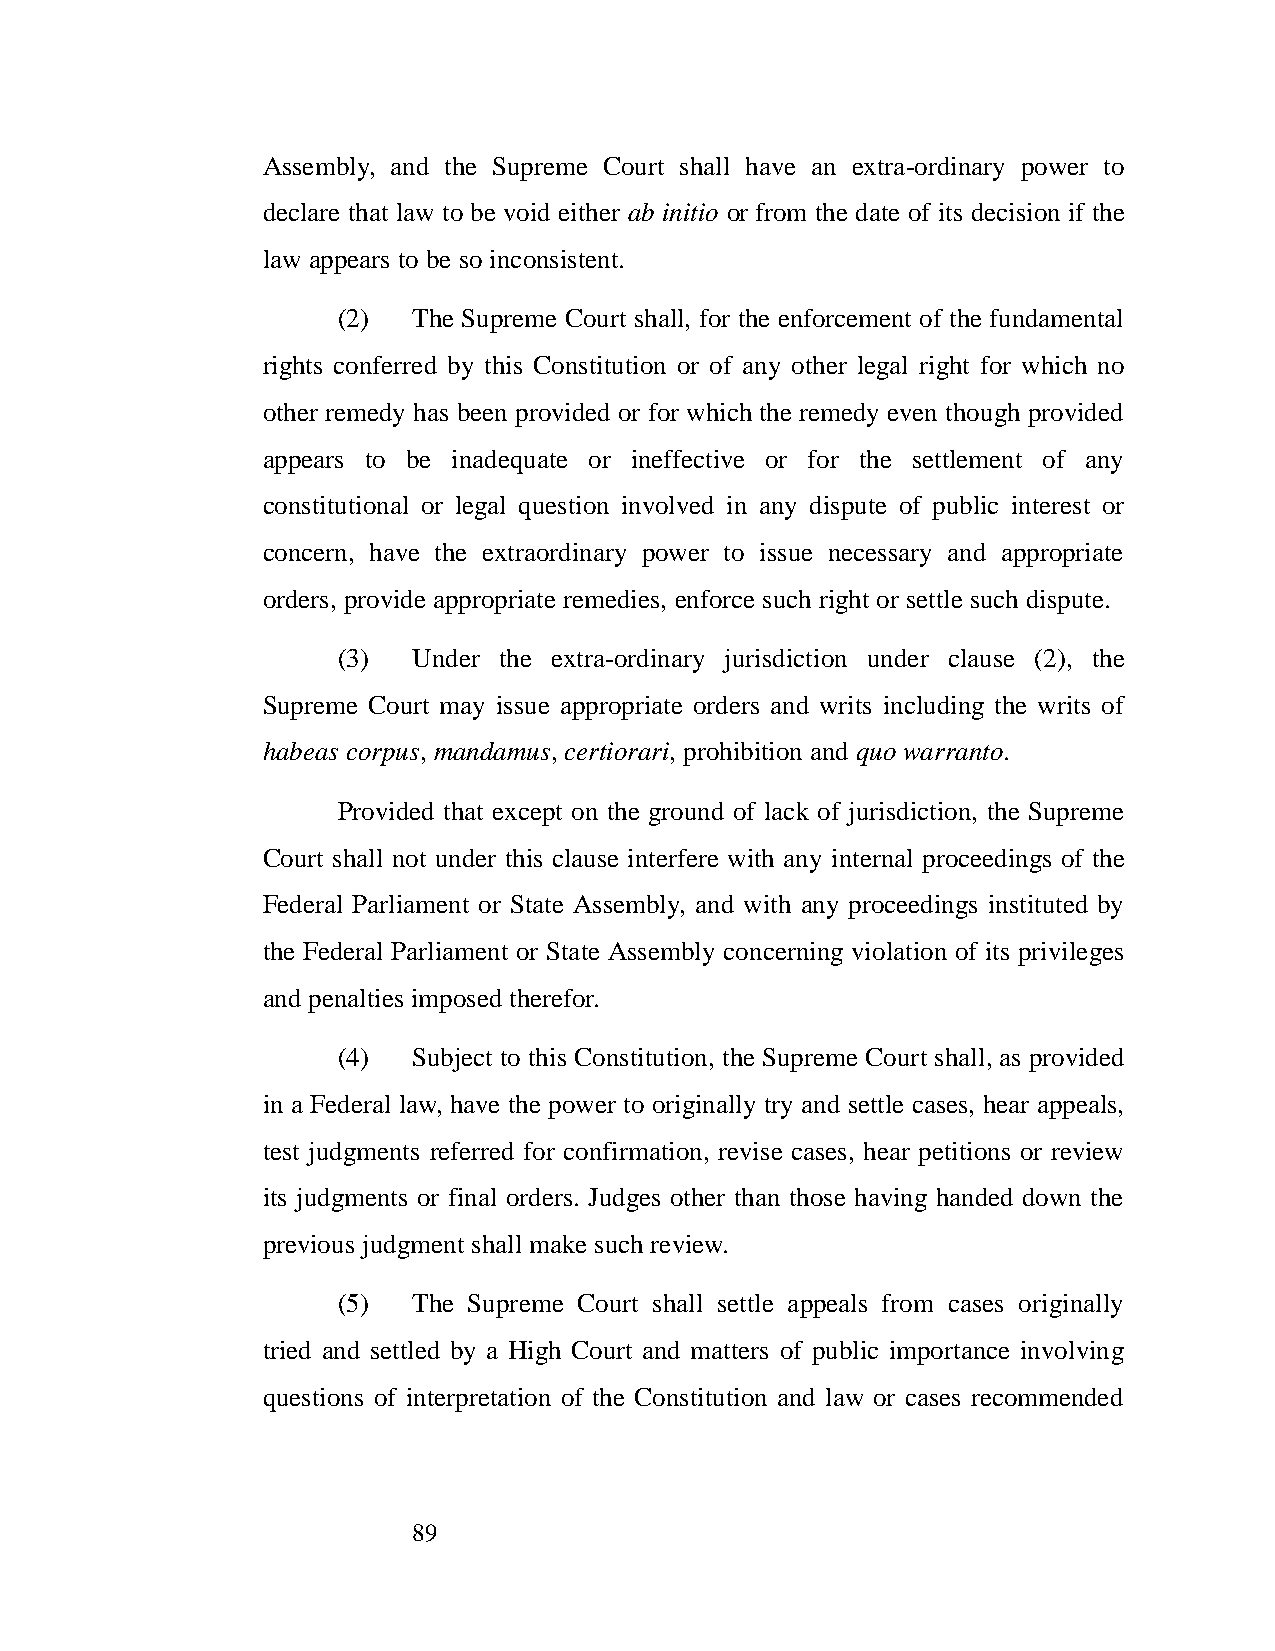
Assembly, and the Supreme Court shall have an extra-ordinary power to
 declare that law to be void either ab initio or from the date of its decision if the
 law appears to be so inconsistent.
 (2)  The Supreme Court shall, for the enforcement of the fundamental
 rights conferred by this Constitution or of any other legal right for which no
 other remedy has been provided or for which the remedy even though provided
 appears to be inadequate or ineffective or for the settlement of any
 constitutional or legal question involved in any dispute of public interest or
 concern, have the extraordinary power to issue necessary and appropriate
 orders, provide appropriate remedies, enforce such right or settle such dispute.
 (3)  Under the extra-ordinary jurisdiction under clause (2), the
 Supreme Court may issue appropriate orders and writs including the writs of
 habeas corpus, mandamus, certiorari, prohibition and quo warranto.
 Provided that except on the ground of lack of jurisdiction, the Supreme
 Court shall not under this clause interfere with any internal proceedings of the
 Federal Parliament or State Assembly, and with any proceedings instituted by
 the Federal Parliament or State Assembly concerning violation of its privileges
 and penalties imposed therefor.
 (4)  Subject to this Constitution, the Supreme Court shall, as provided
 in a Federal law, have the power to originally try and settle cases, hear appeals,
 test judgments referred for confirmation, revise cases, hear petitions or review
 its judgments or final orders. Judges other than those having handed down the
 previous judgment shall make such review.
 (5)  The Supreme Court shall settle appeals from cases originally
 tried and settled by a High Court and matters of public importance involving
 questions of interpretation of the Constitution and law or cases recommended
 89